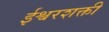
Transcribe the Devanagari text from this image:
ईश्वरशक्ती